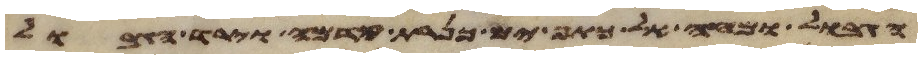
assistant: הגבול ומחה אל כתף ים כנרת קדמה וירד הגבול